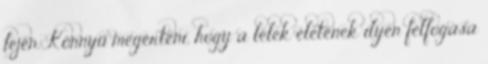
fején. Könnyű megérteni, hogy a lélek életének ilyen felfogása